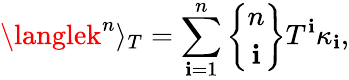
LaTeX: \langlek^{n}\rangle_{T}=\sum_{\mathbf{i}=1}^{n}{n\brace\mathbf{i}}T^{\mathbf{i}}\kappa_{\mathbf{i}},